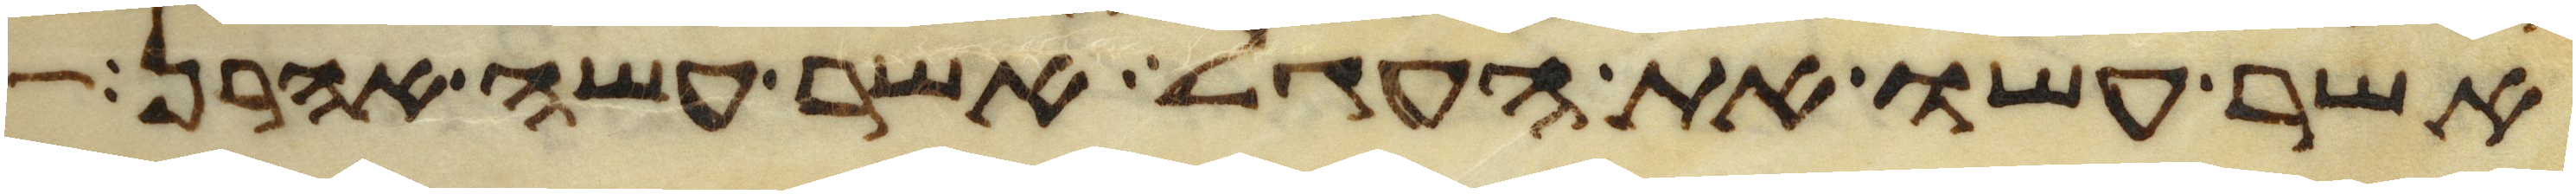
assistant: אשר עשו את העגל אשר עשה אהרן